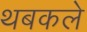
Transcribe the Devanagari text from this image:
थबकले